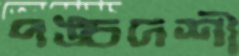
পঙ্চদশী